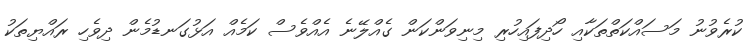
ކުރެވުނު މަސައްކަތްތަކާއި ހޯދިފައިހުރި މިނިވަންކަން ގެއްލޭނެ އެއްވެސް ކަމެއް އަޅުގަނޑުމެން ދިވެހި ރައްޔިތަކު